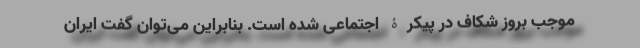
موجبِ بروز شکاف در پیکرۀ اجتماعی شده است. بنابراین می‌توان گفت ایران